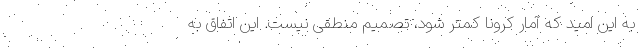
به این امید که آمار کرونا کمتر شود، تصمیم منطقی نیست. این اتفاق به